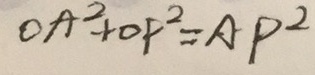
O A ^ { 2 } + O P ^ { 2 } = A P ^ { 2 }